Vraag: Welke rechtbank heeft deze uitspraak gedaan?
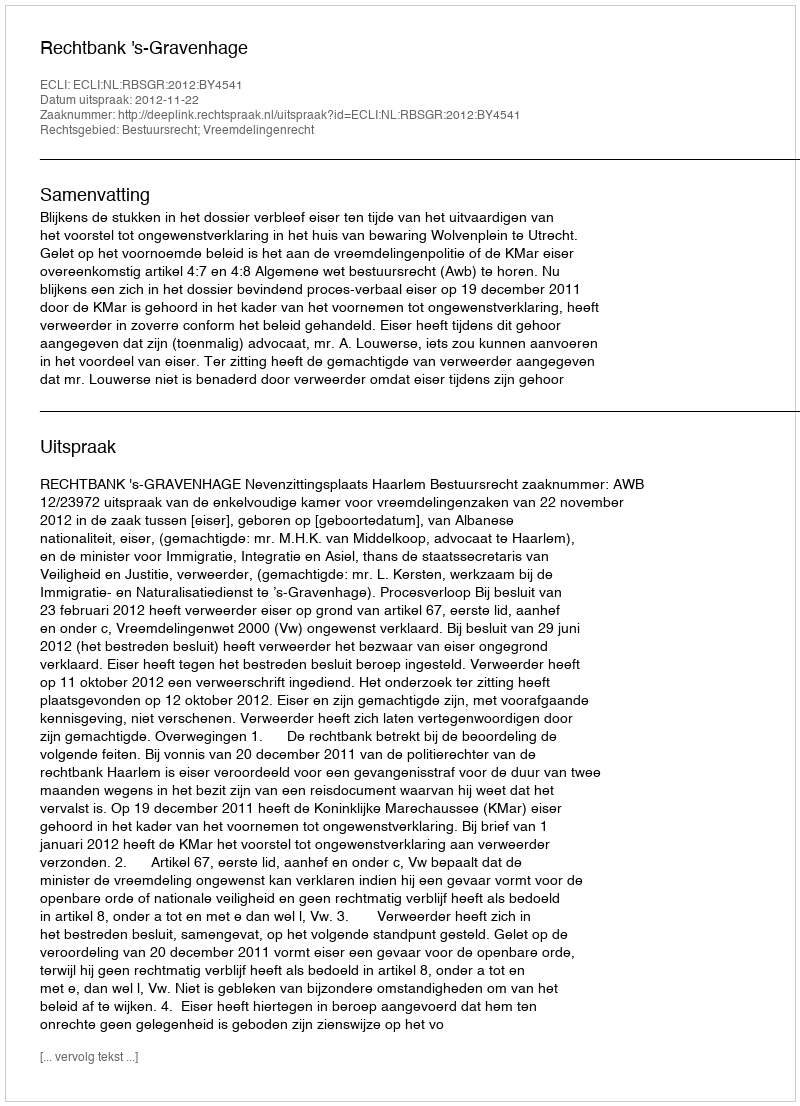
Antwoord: Rechtbank 's-Gravenhage